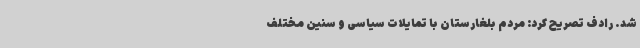
شد. رادف تصریح کرد: مردم بلغارستان با تمایلات سیاسی و سنین مختلف